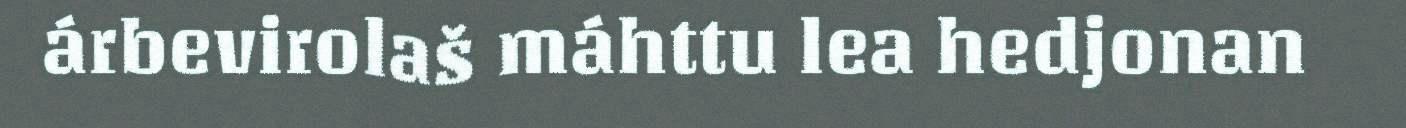
árbevirolaš máhttu lea hedjonan